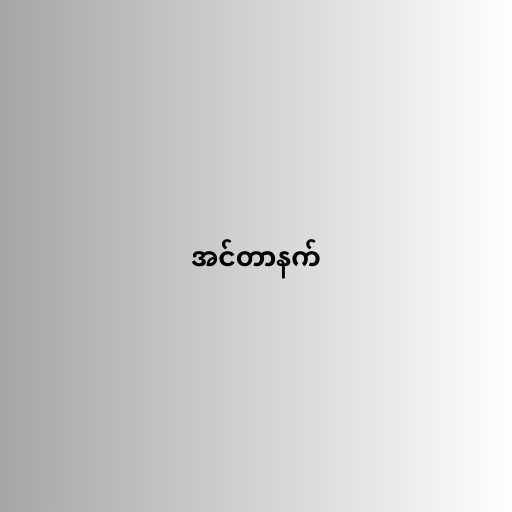
အင်တာနက်